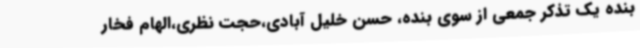
بنده یک تذکر جمعی از سوی بنده، حسن خلیل آبادی،حجت نظری،الهام فخار